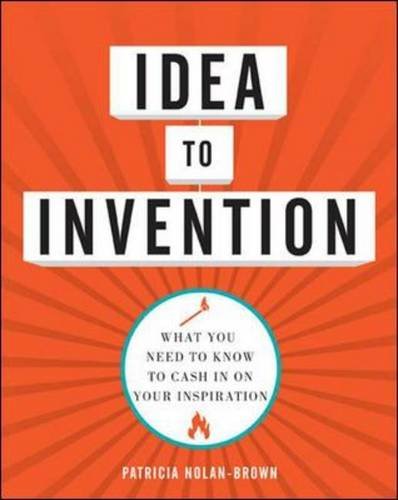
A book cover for Idea to Invention: What You Need to Know to Cash In on Your Inspiration; Patricia Nolan-Brown; Business & Money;